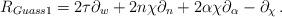
LaTeX: \begin{align*} R_{Guass1}= 2\tau \partial_{w} + 2n\chi \partial_{n}+ 2\alpha\chi\partial_{\alpha} - \partial_{\chi} \,.\end{align*}